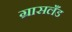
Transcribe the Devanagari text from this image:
ग्रासलँड